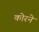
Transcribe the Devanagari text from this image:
कोरने